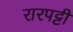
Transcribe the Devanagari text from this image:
रारपट्टी